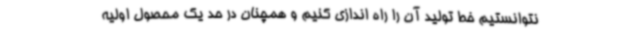
نتوانستیم خط تولید آن را راه اندازی کنیم و همچنان در حد یک محصول اولیه